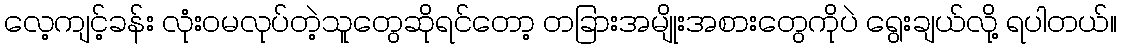
လေ့ကျင့်ခန်း လုံးဝမလုပ်တဲ့သူတွေဆိုရင်တော့ တခြားအမျိုးအစားတွေကိုပဲ ရွေးချယ်လို့ ရပါတယ်။